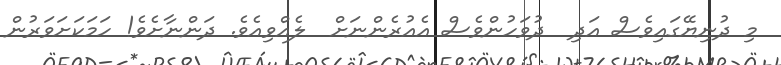
މި ދުނިޔޭގައިވެސް އަދި  ދުވަހުންވެސް އެއުރެންނަށް  ލެއްވިއެވެ. ދަންނާށެވެ! ހަމަކަށަވަރުން